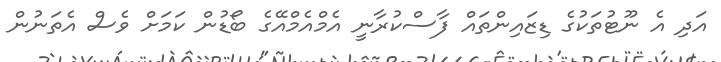
އަދި އެ ނޫޓުތަކުގެ ޑިޒައިންތައް ފާސްކުރާނީ އެމްއެމްއޭގެ ބޯޑުން ކަމަށް ވެސް އެތަނުން